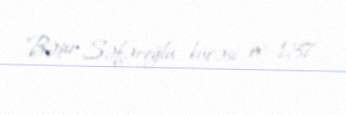
Bəşir Səfəroğlu küçəsi, ev 137